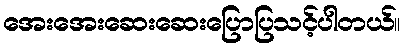
အေးအေးဆေးဆေးပြောပြသင့်ပါတယ်။